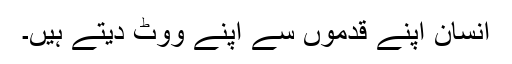
انسان اپنے قدموں سے اپنے ووٹ دیتے ہیں۔